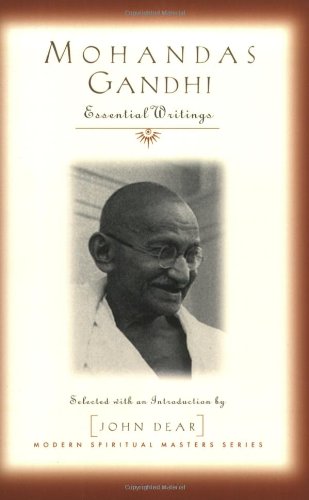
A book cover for Mohandas Gandhi: Essential Writings (Modern Spiritual Masters Series); Mohandas Gandhi; Religion & Spirituality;